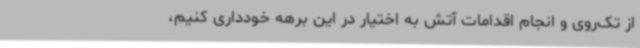
از تک‌روی و انجام اقدامات آتش به اختیار در این برهه خودداری کنیم،